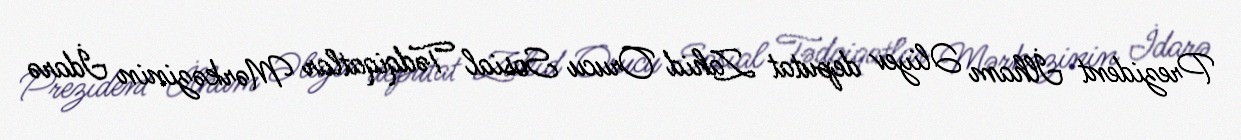
Prezident İlham Əliyev deputat Zahid Orucu Sosial Tədqiqatlar Mərkəzinin İdarə